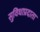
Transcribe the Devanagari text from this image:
सुविधाप्रदाता